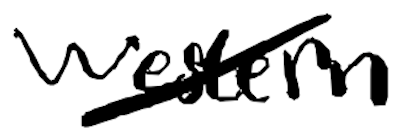
Text: Western
Cross-out: mix
Writing tool: digital_black